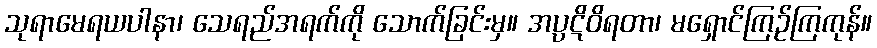
သုရာမေရယပါနာ၊ သေရည်အရက်ကို သောက်ခြင်းမှ။ အပ္ပဋိဝိရတာ၊ မရှောင်ကြဉ်ကြကုန်။